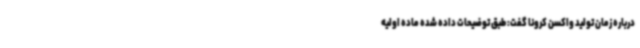
درباره زمان تولید واکسن کرونا گفت: طبق توضیحات داده شده ماده اولیه